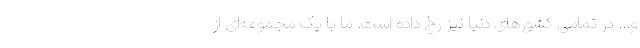
و... در تمامی کشورهای دنیا نیز رخ داده است. ما با یک مجموعه‌ای از